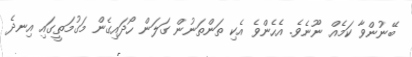
ބޭނުންވާ ކަމެއް ނޫނެވެ. އެހެންވެ އެކި ތަންތަނުން ގަލަން ހޯދައިގެން މަގުމަތީގައި އިނދެ